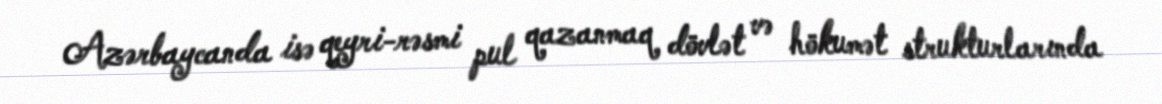
Azərbaycanda isə qeyri-rəsmi pul qazanmaq dövlət və hökumət strukturlarında